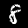
Label: 8